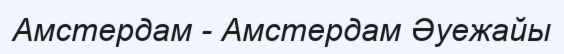
Амстердам - Амстердам Әуежайы